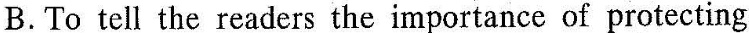
B. To tell the readers the importance of protecting